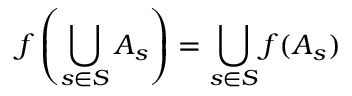
f \left( \bigcup _ { s \in S } A _ { s } \right) = \bigcup _ { s \in S } f ( A _ { s } )